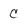
Character: C